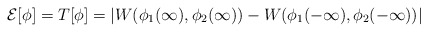
\begin{align*}{\cal E}[\phi]=T[\phi]=|W(\phi_1(\infty),\phi_2(\infty))-W(\phi_1(-\infty),\phi_2(-\infty))|\end{align*}